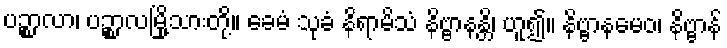
ပဉ္စာလာ၊ ပဉ္စာလမြို့သားတို့။ ခေမံ သုခံ နိရာမိသံ နိဗ္ဗာနန္တိ၊ ဟူ၍။ နိဗ္ဗာနမေဝ၊ နိဗ္ဗာန်